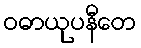
ဝဓာယုပနီတေ